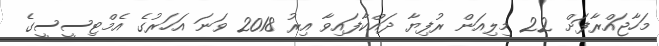
މަހާޖައްރާފަށް 22 މިލިއަން ރުފިޔާ ދައްކާފައިވާ އިރު 2018 ވަނަ އަހަރުގެ އެމްޓިސީސީގެ